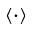
\langle \cdot \rangle